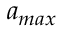
a _ { m a x }